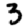
Digit: 3